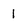
Character: 1